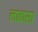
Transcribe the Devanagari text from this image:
लाबासा